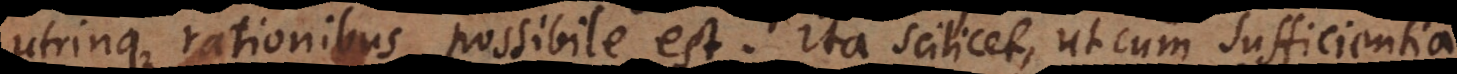
utrinque rationibus possibile est. Ita scilicet, ut cum sufficientia